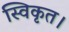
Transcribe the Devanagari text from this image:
स्विकृत।